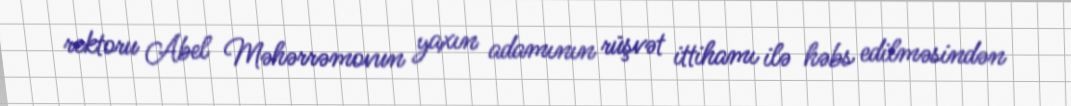
rektoru Abel Məhərrəmovun yaxın adamının rüşvət ittihamı ilə həbs edilməsindən